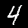
Label: 4